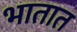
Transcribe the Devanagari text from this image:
भातात